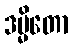
ဒမ္မိတော